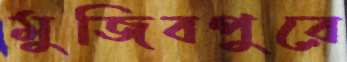
মুজিবপুরে